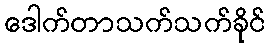
ဒေါက်တာသက်သက်ခိုင်